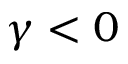
\gamma < 0